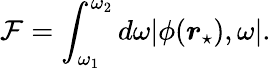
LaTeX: \mathcal{F}=\int_{\omega_{1}}^{\omega_{2}}d\omega|\phi(\boldsymbol{r}_{\star}),\omega|.